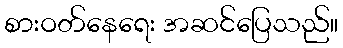
စားဝတ်နေရေး အဆင်ပြေသည်။